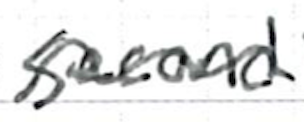
Text: second
Cross-out: wave
Writing tool: ballpoint